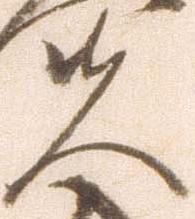
夫